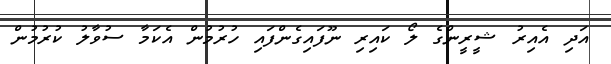
އަދި އެއިރު ޝީރީންގެ ލޯ ކައިރި ނޫފައިގެންފައި ހުރުމުން އެކަމާ ސުވާލު ކުރުމުން